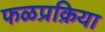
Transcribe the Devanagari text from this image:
फळप्रक्रिया